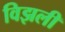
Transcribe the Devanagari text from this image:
विझली